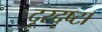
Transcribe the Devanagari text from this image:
दूरदृष्टा